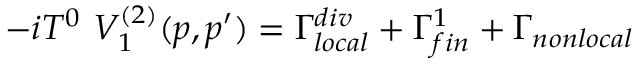
- i T ^ { 0 } \, \, V _ { 1 } ^ { ( 2 ) } ( p , p ^ { \prime } ) = \Gamma _ { l o c a l } ^ { d i v } + \Gamma _ { f i n } ^ { 1 } + \Gamma _ { n o n l o c a l }